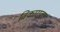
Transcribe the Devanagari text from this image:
विकाराला